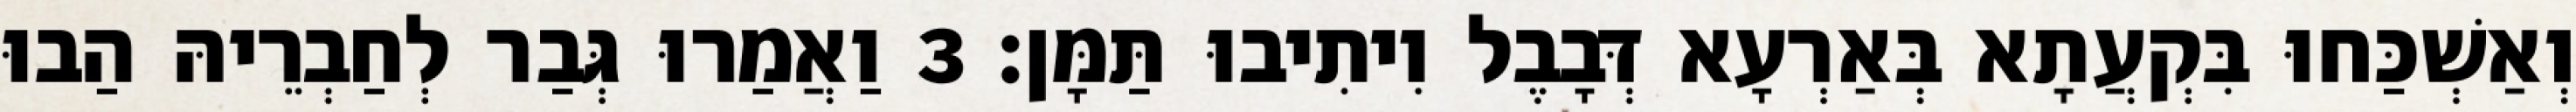
וְאַשְׁכַּחוּ בִּקְעֲתָא בְּאַרְעָא דְּבָבֶל וִיתִיבוּ תַּמָּן׃ 3 וַאֲמַרוּ גְּבַר לְחַבְרֵיהּ הַבוּ